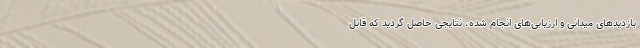
بازدیدهای میدانی و ارزیابی‌های انجام شده، نتایجی حاصل گردید که قابل